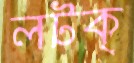
লটক্